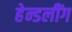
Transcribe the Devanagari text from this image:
हेन्डलींग